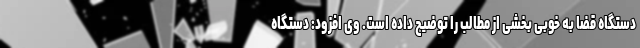
دستگاه قضا به خوبی بخشی از مطالب را توضیح داده است. وی افزود: دستگاه